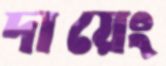
দায়েং